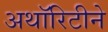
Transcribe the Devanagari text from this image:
अथॉरिटीने